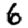
Digit: 6